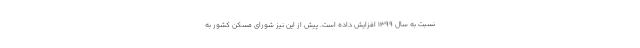
نسبت به سال ۱۳۹۹ افزایش داده است. پیش از این نیز شورای مسکن کشور به